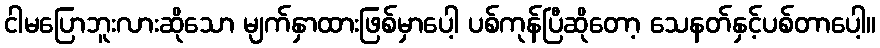
ငါမပြောဘူးလားဆိုသော မျက်နှာထားဖြစ်မှာပေါ့ ပစ်ကုန်ပြီဆိုတော့ သေနတ်နှင့်ပစ်တာပေါ့။